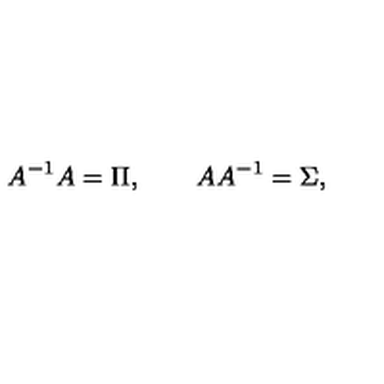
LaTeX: A ^ { - 1 } A = \Pi , \qquad A A ^ { - 1 } = \Sigma ,